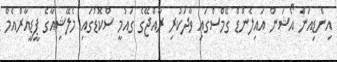
އިންޑިއަން އޯޝަން އައިލެންޑް ގޭމްސްގައި ވާދަކުރި ރާއްޖޭގެ ގައުމީ ސްކޮޑުގައި މެލޭޝިއާގެ ޕީޑީއާރްއެމް